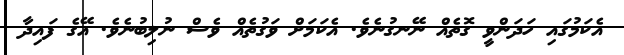
އެކަމުގައި ހަދަންވީ ގޮތެއް ނޭނގުނެވެ. އެކަމަށް ވަގުތެއް ވެސް ނުލިބުނެވެ. އޭގެ ފައިދާ